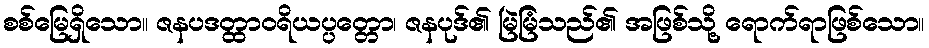
စစ်မြေရှိသော။ ဇနပဒတ္ထာဝရိယပ္ပတ္တော၊ ဇနပုဒ်၏ မြဲမြံသည်၏ အဖြစ်သို့ ရောက်ရာဖြစ်သော။